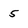
Character: 5